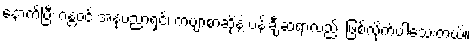
နောက်ပြီး ဂန္တဝင် အနုပညာရှင်၊ ကဗျာစာဆိုနဲ့ ပန်းချီဆရာလည်း ဖြစ်လိုက်ပါသေးတယ်။